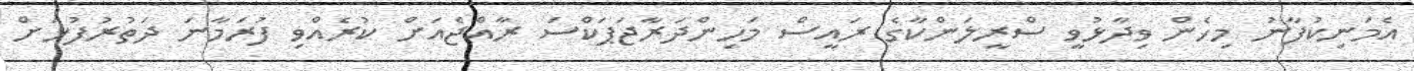
އެމަނިކުފާނު މިހެން ވިދާޅުވީ ސްރީލަންކާގެ ރައީސް މަހިންދަރާޖަޕަކްސަ ރާއްޖެއަށް ކުރެއްވި ފުރަމާނަ ދަތުރުފުޅަށް